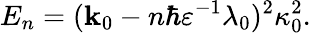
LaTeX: E_{n}=(\mathbf{k}_{0}-n\hbar\varepsilon^{-1}\lambda_{0})^{2}\kappa_{0}^{2}.